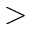
>